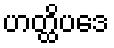
ဟတ္ထိပဒေ